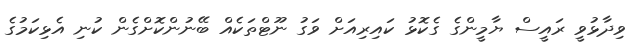
ވިދާޅުވީ ރައީސް ޔާމީންގެ ގެކޮޅު ކައިރިއަށް ވަގު ނޫޓްތަކެއް ބޭނުންކޮށްގެން ކުނި އެޅިކަމުގެ